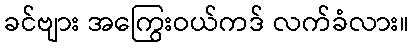
ခင်ဗျား အကြွေးဝယ်ကဒ် လက်ခံလား။